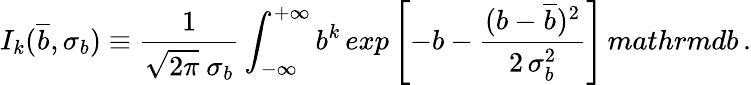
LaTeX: I_{k}(\overline{{{b}}},\sigma_{b})\equiv\frac{1}{\sqrt{2\pi}\ \sigma_{b}}\int_{-\infty}^{+\infty}b^{k}\, exp\left[-b-\frac{(b-\overline{{{b}}})^{2}}{2\, \sigma_{b}^{2}}\right]\, mathrm{d}b\, .